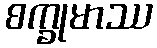
စက္ခုမာဿ